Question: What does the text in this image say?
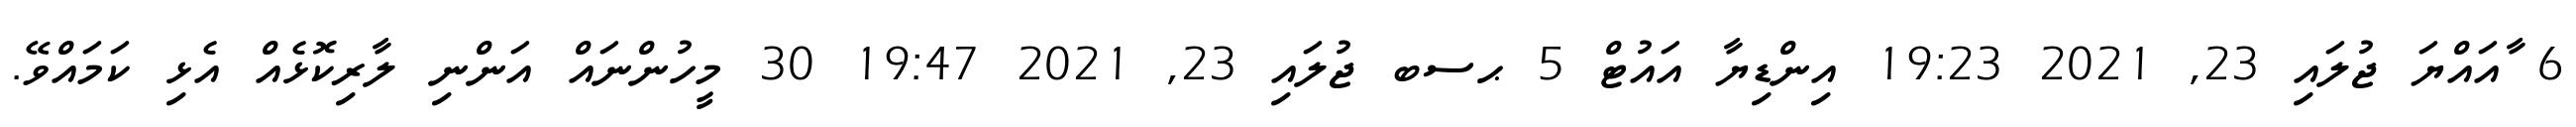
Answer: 6 ާއައްޔަ ޖުލައި 23, 2021 19:23 އިންޑިޔާ އައުޓް 5 ޙސބ ޖުލައި 23, 2021 19:47 30 މީހުންނައް އަންނި ލާރިކޮޅެއް އެޅި ކަމައްވޭ.